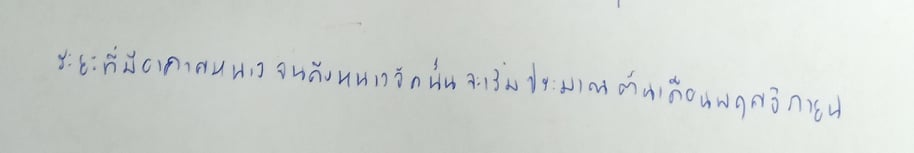
ระยะที่มีอากาศหนาวจนถึงหนาวจัดนั้นจะเริ่มประมาณต้นเดือนพฤศจิกายน